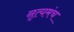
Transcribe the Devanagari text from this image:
नृत्यमंच